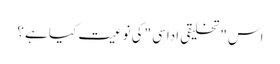
اس "تخلیقی اداسی "کی نوعیت کیا ہے ؟